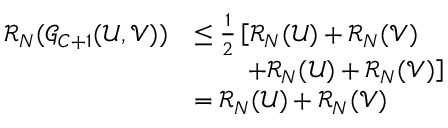
\begin{array} { r l } { \mathcal { R } _ { N } ( \mathcal { G } _ { C + 1 } ( \mathcal { U } , \mathcal { V } ) ) } & { \leq \frac { 1 } { 2 } \left[ \mathcal { R } _ { N } ( \mathcal { U } ) + \mathcal { R } _ { N } ( \mathcal { V } ) \right. } \\ & { \qquad \left. + \mathcal { R } _ { N } ( \mathcal { U } ) + \mathcal { R } _ { N } ( \mathcal { V } ) \right] } \\ & { = \mathcal { R } _ { N } ( \mathcal { U } ) + \mathcal { R } _ { N } ( \mathcal { V } ) } \end{array}